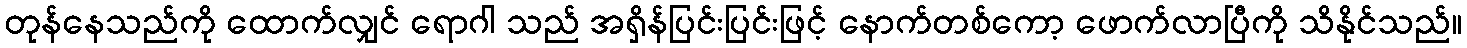
တုန်နေသည်ကို ထောက်လျှင် ရောဂါ သည် အရှိန်ပြင်းပြင်းဖြင့် နောက်တစ်ကော့ ဖောက်လာပြီကို သိနိုင်သည်။